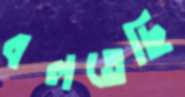
বলতেছি